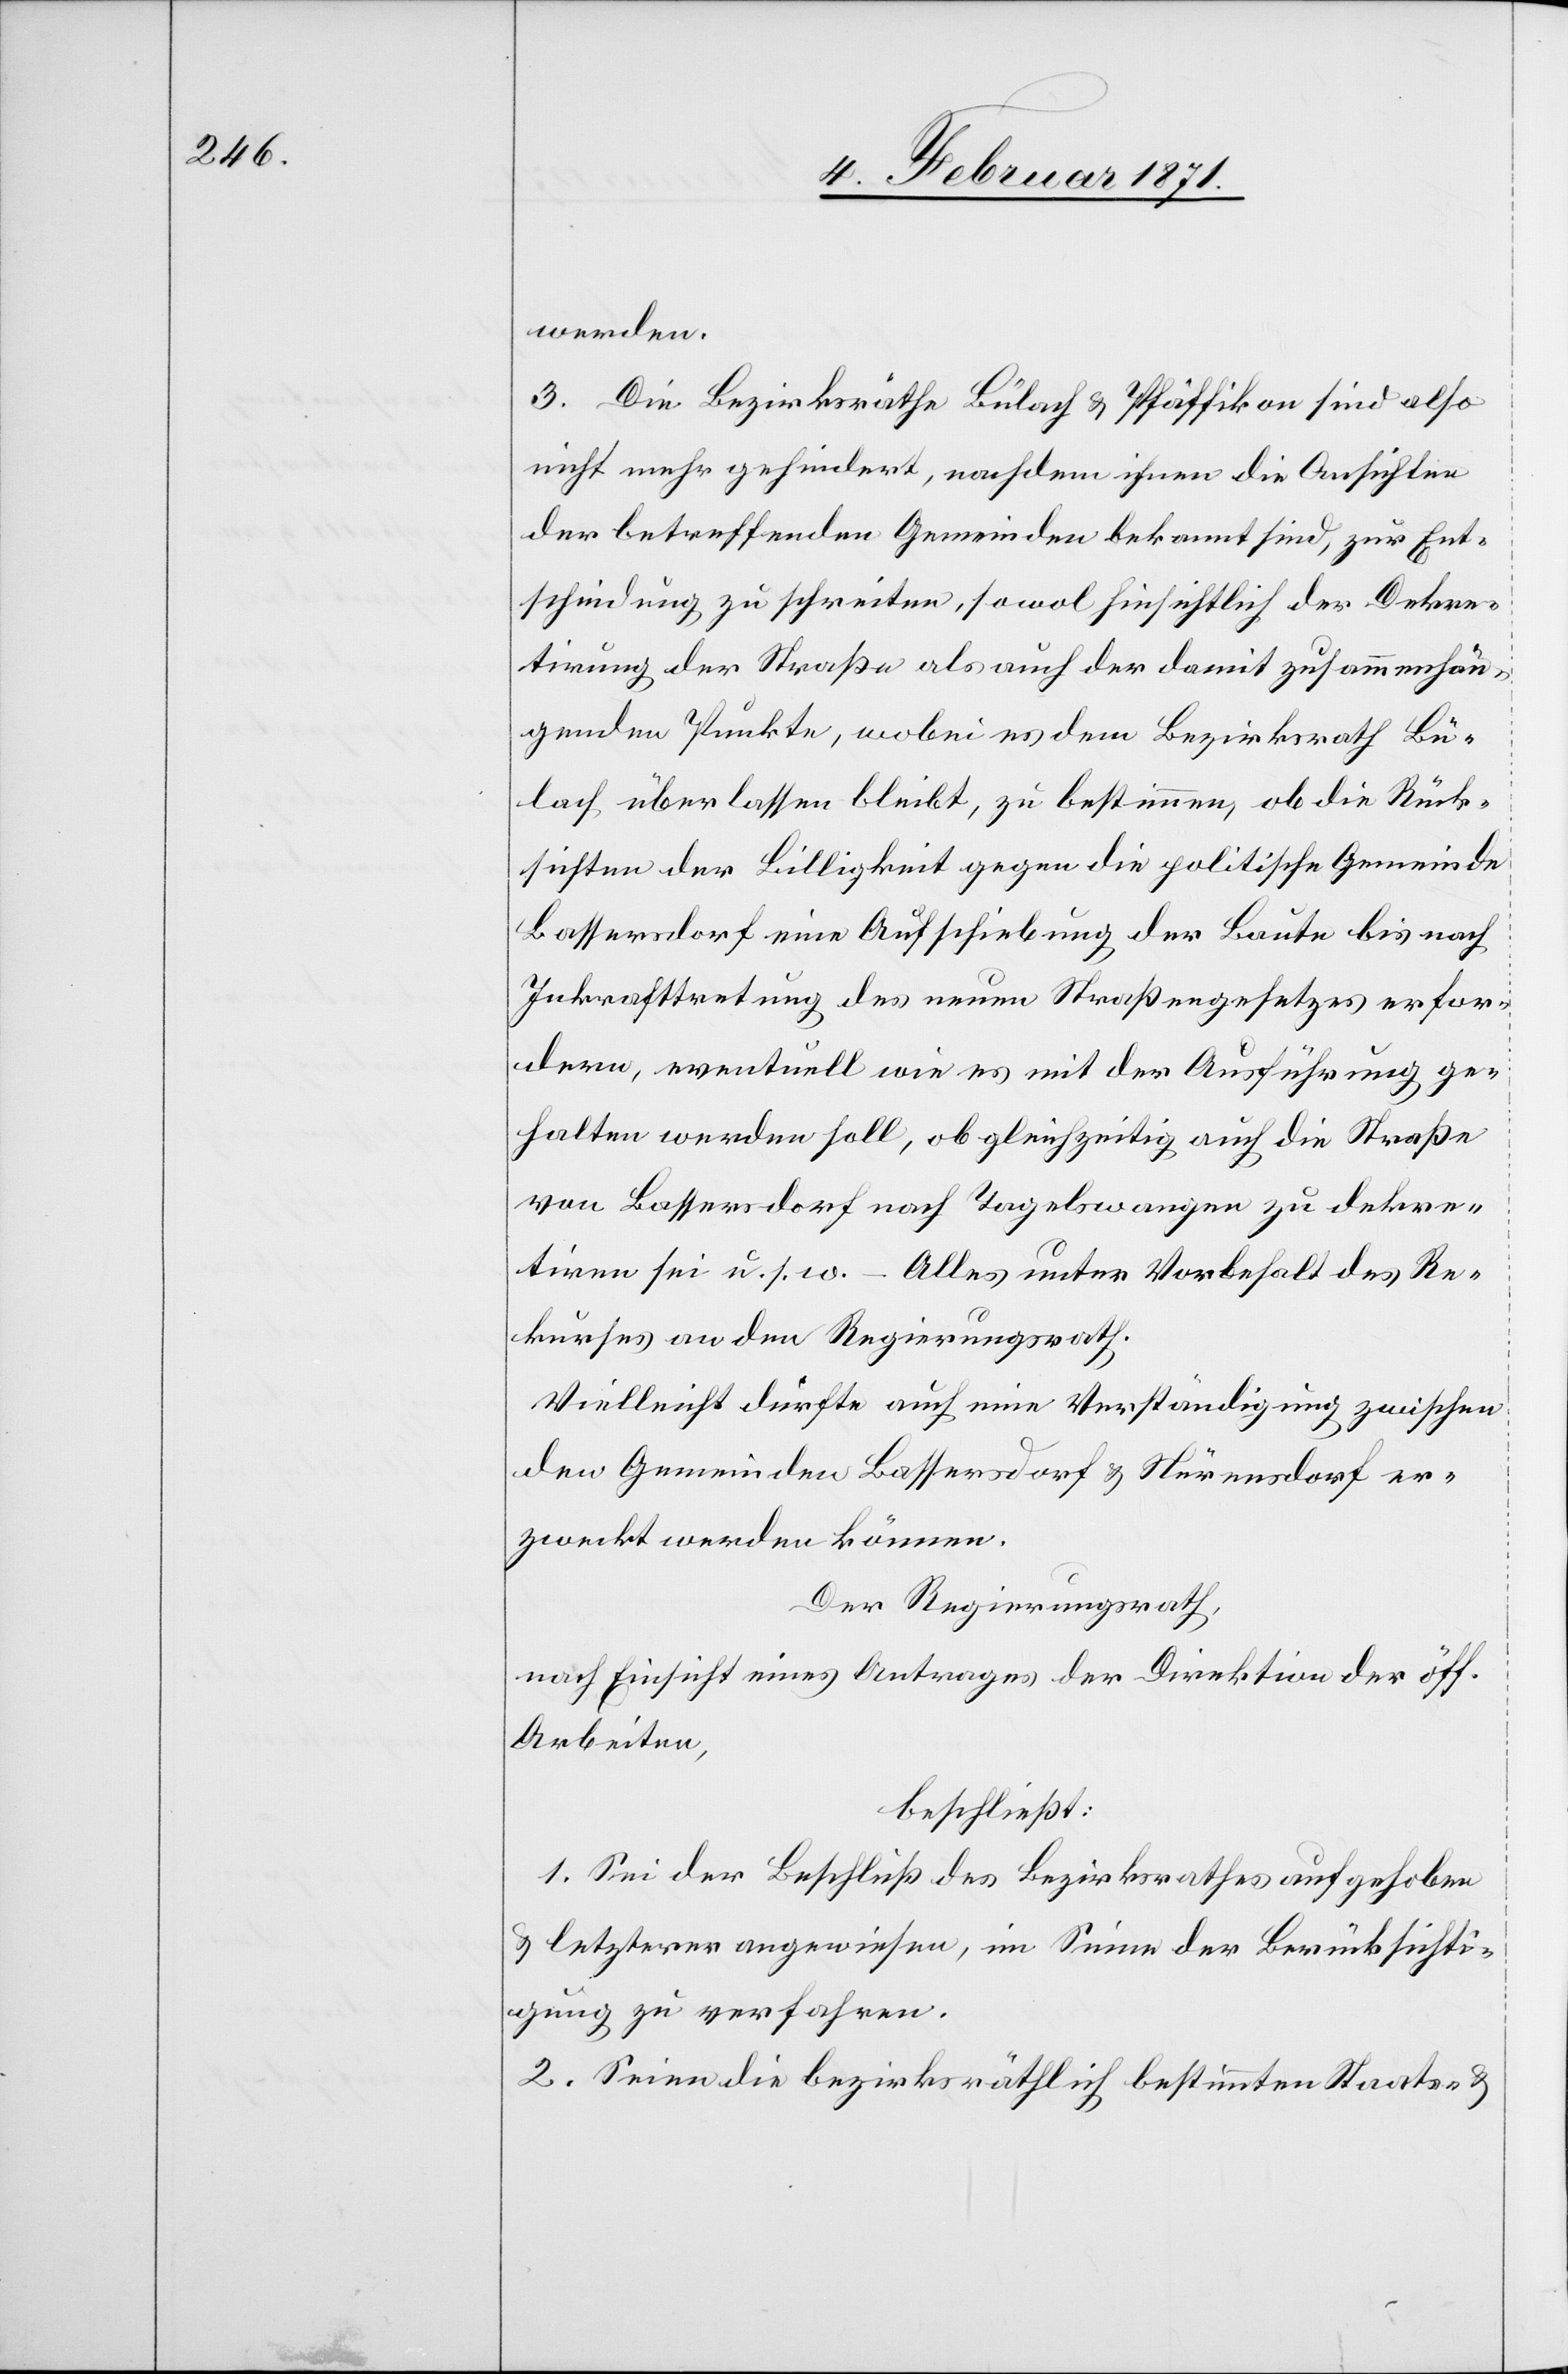
werden.
3. Die Bezirksräthe Bülach u. Pfäffikon sind also
nicht mehr gehindert, nachdem ihnen die Aussichten
der betreffenden Gemeinden bekannt sind, zur Ent¬
scheidung zu schreiten, sowol hinsichtlich der Dekre¬
tirung der Straße als auch der damit zusammenhän¬
genden Punkte, wobei es dem Bezirksrath Bü¬
lach überlassen bleibt, zu bestimmen, ob die Rück¬
sichten der Billigkeit gegen die politische Gemeinde
Bassersdorf eine Aufschiebung der Baute bis nach
Inkrafttretung des neuen Straßengesetzes erfor¬
dern, eventuell wie es mit der Ausführung ge¬
halten werden soll, ob gleichzeitig auch die Straße
von Bassersdorf nach Tagelswangen zu dekre¬
tiren sei u. s. w. – Alles unter Vorbehalt des Re¬
kurses an den Regierungsrath.
Vielleicht dürfte auch eine Verständigung zwischen
den Gemeinden Bassersdorf u. Nürensdorf er¬
zweckt werden können.
Der Regierungsrath,
nach Einsicht eines Antrages der Direktion der öff.
Arbeiten,
beschließt:
1. Sei der Beschluß des Bezirksrathes aufgehoben
u. letzterer angewiesen, im Sinne der Berücksichti¬
gung zu verfahren.
2. Seien die bezirksräthlich bestimmten Staats- u.